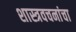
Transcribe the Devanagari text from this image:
शास्त्रवचनांचा